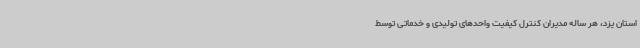
استان یزد، هر ساله مدیران کنترل کیفیت واحدهای تولیدی و خدماتی توسط